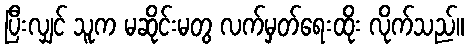
ပြီးလျှင် သူက မဆိုင်းမတွ လက်မှတ်ရေးထိုး လိုက်သည်။